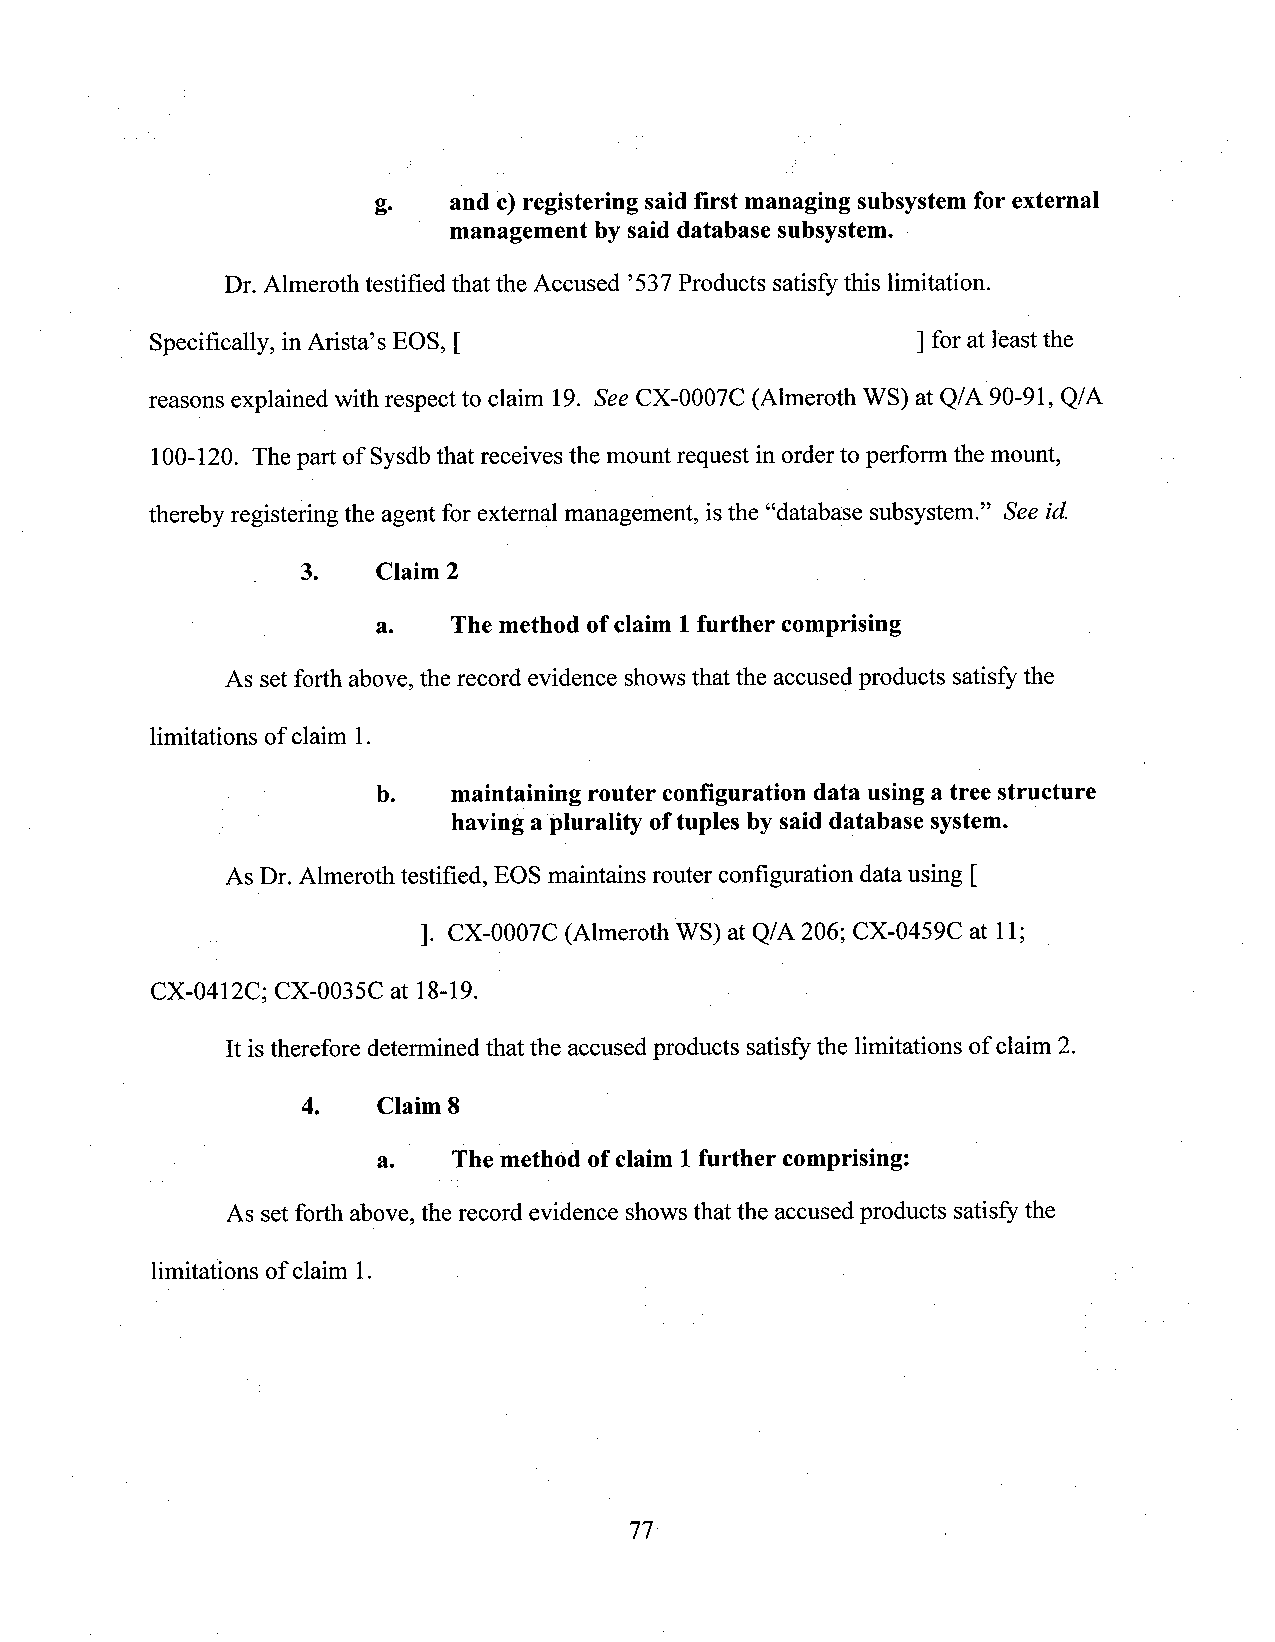
g.   and c)registering saidfirst managing subsystemfor external
 ' management by said database subsystem.
 Dr. Almeroth testified that the Accused ’537Products satisfy this limitation.
 Specifically, in Arista’s EOS, [                   ] for at least the
 reasons explained with respect to claim 19. See CX-0007C (Almeroth WS) at Q/A 90-91, Q/A
 100-120. The part of Sysdbthat receives the mount request in order to perform the mount,
 thereby registering the agent for external management, isthe “database subsystem.” See id.
 3.   Claim 2
 _       a.   The method ofclaim 1further comprising
 As set forth above, the record evidence showsthat the accused products satisfy the
 limitations of claim 1.
 b.   maintaining router configurationdata usinga tree structure
 -              having a plurality oftuples by said database system.
 As Dr. Almeroth testified, EOS maintains router configuration data using [
 .             ]. CX-0007C (Almeroth WS) at Q/A 206; CX-0459C at 11;
 CX-0412C; CX-0035C at 18-19.
 It is therefore determined that the accused products satisfythe limitations ofclaim 2.
 4.   Claim 8
 a.   The method ofclaim 1further comprising:
 As set forth above,the record evidence showsthat the accused products satisfy the
 limitations of claim 1.
 77